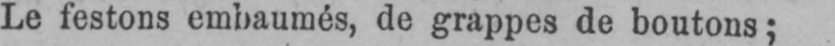
Le festons embaumés, de grappes de boutons;